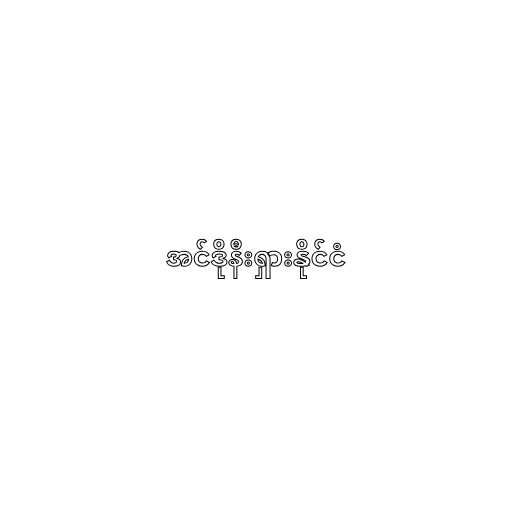
အင်ဒိုနီးရှားနိုင်ငံ